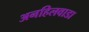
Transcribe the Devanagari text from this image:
अनहिलवाडा